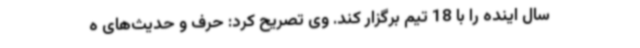
سال اینده را با 18 تیم برگزار کند. وی تصریح کرد: حرف و حدیث‌های ه